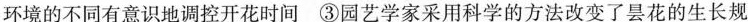
环境的不同有意识地调控开花时间 ③园艺学家采用科学的方法改变了昙花的生长规